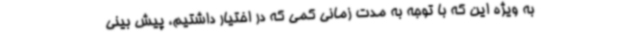
به ویژه این که با توجه به مدت زمانی کمی که در اختیار داشتیم، پیش بینی